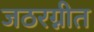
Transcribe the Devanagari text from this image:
जठरग्नीत